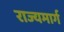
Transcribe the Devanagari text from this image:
राज्‍यमार्ग